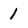
Character: 1